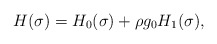
\begin{align*}H(\sigma) = H_0(\sigma) + \rho g_0 H_1(\sigma) ,\end{align*}